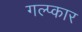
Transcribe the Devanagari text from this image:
गल्प्कार